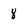
Character: 8